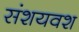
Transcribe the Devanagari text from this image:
संशयवश